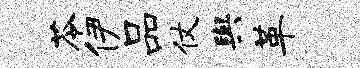
苓伊品仗舆革